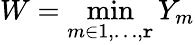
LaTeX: W=\operatorname*{min}_{m\in1,\ldots,\mathtt{r}}Y_{m}